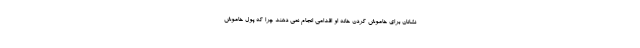
نشانان برای خاموش کردن خانه او اقدامی انجام نمی دهند چرا که پول خاموش